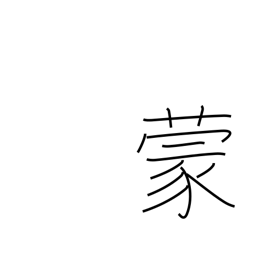
Meaning: be subjected to